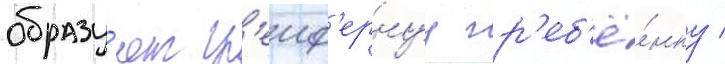
образу́ют гр'еиф'ернуу гр'еб'ё́нку /